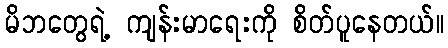
မိဘတွေရဲ့ ကျန်းမာရေးကို စိတ်ပူနေတယ်။